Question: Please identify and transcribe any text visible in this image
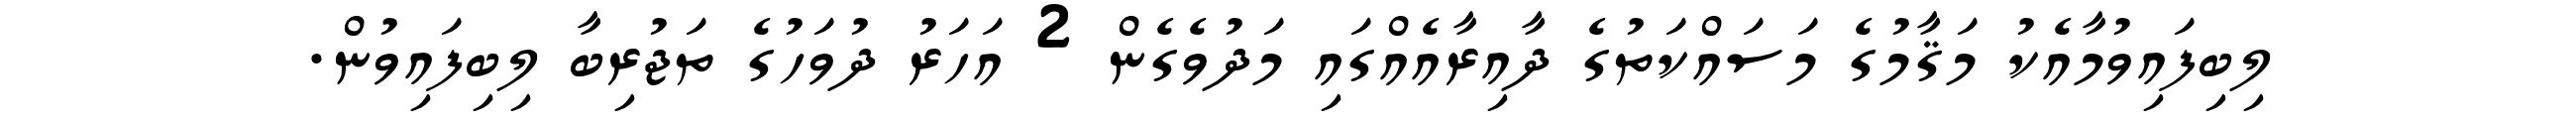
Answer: ލިބިފައިވުމާއެކު މަޤާމުގެ މަސައްކަތުގެ ދާއިރާއެއްގައި މަދުވެގެން 2 އަހަރު ދުވަހުގެ ތަޖުރިބާ ލިބިފައިވުން.